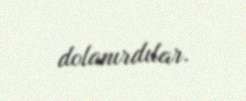
dolanırdılar.